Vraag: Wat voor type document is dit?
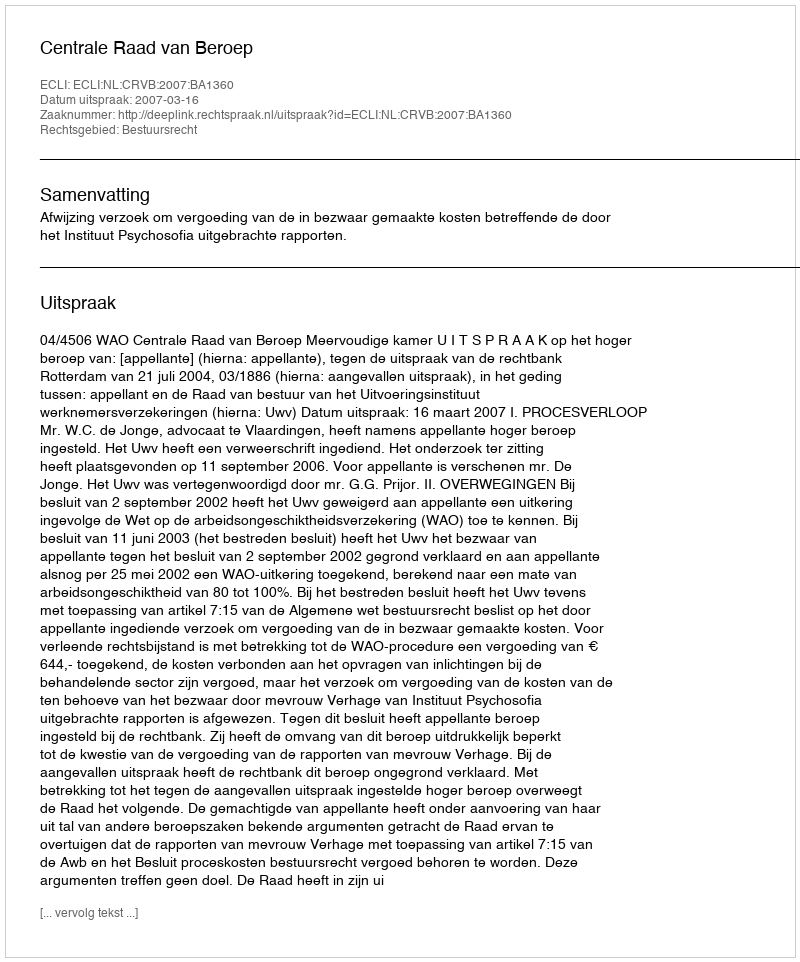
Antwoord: Uitspraak